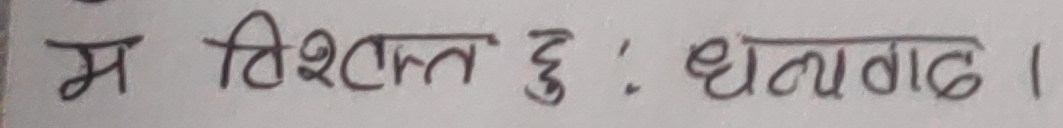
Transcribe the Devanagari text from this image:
म विश्वस्त छु : धन्यवाद ।